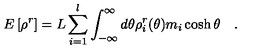
E \left[ \rho ^ { r } \right] = L \sum _ { i = 1 } ^ { l } \int _ { - \infty } ^ { \infty } d \theta \rho _ { i } ^ { r } ( \theta ) m _ { i } \cosh \theta \quad .